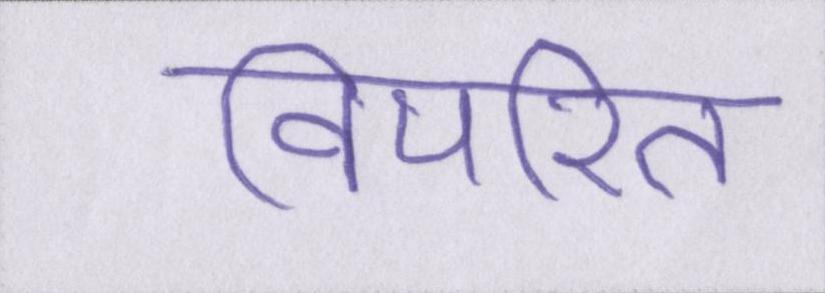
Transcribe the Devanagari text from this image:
विपरित